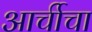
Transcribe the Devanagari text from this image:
आर्चीचा